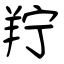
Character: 羜